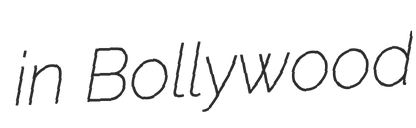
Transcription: in Bollywood